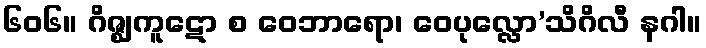
၆၀၆။ ဂိဇ္ဈကူဋော စ ဝေဘာရော၊ ဝေပုလ္လော’သိဂိလီ နဂါ။